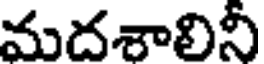
మదశాలినీ